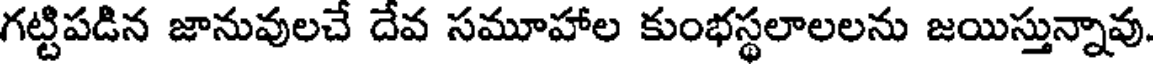
గట్టిపడిన జానువులచే దేవ సమూహాల కుంభస్థలాలలను జయిస్తున్నావు